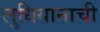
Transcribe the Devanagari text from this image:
लुधियानाची